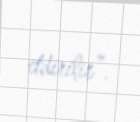
etdirilir”.